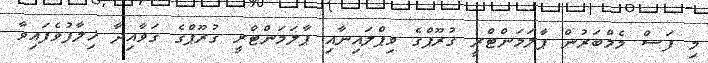
މި ފަސް މެމްބަރުން ޕާލަމަންޓްރީ ގުރޫޕްގެ ވިޕްލައިނާއި ޕާލަމަންޓްރީ ގުރޫޕްގެ ގަވާއިދާ ޚިލާފުވެފައިވާ